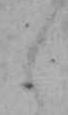
え